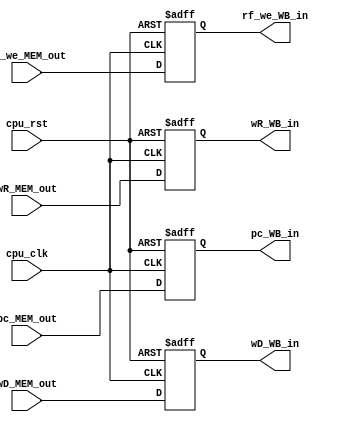
module REG_MEM_WB (
   input wire cpu_rst,
   input wire cpu_clk,

   input wire [4:0] wR_MEM_out,
   output reg [4:0] wR_WB_in,

   input wire rf_we_MEM_out,
   output reg rf_we_WB_in,

   input wire [31:0] wD_MEM_out,
   output reg [31:0] wD_WB_in,

   input wire [31:0] pc_MEM_out,
   output reg [31:0] pc_WB_in   

`ifdef RUN_TRACE
   ,// debug

   input wire inst_valid_MEM_out,
   output reg inst_valid_WB_in

`endif 
);


   // wR
   always @(posedge cpu_clk or posedge cpu_rst) begin
      if (cpu_rst) begin
         wR_WB_in <= 5'b0;
      end
      else begin
         wR_WB_in <= wR_MEM_out;
      end
   end


   // rf_we
   always @(posedge cpu_clk or posedge cpu_rst) begin
      if (cpu_rst) begin
         rf_we_WB_in <= 1'b0;
      end
      else begin
         rf_we_WB_in <= rf_we_MEM_out;
      end
   end


   // wD
   always @(posedge cpu_clk or posedge cpu_rst) begin
      if (cpu_rst) begin
         wD_WB_in <= 32'h0;
      end
      else begin
         wD_WB_in <= wD_MEM_out;
      end
   end

   // pc
   always @(posedge cpu_clk or posedge cpu_rst) begin
      if (cpu_rst) begin
         pc_WB_in <= 32'h0;
      end
      else begin
         pc_WB_in <= pc_MEM_out;
      end
   end

`ifdef RUN_TRACE

   always @(posedge cpu_clk or posedge cpu_rst) begin
      if (cpu_rst)
         inst_valid_WB_in <= 1'b0;
      else 
         inst_valid_WB_in <= inst_valid_MEM_out;
   end
`endif 

endmodule //REG_MEM_WB